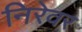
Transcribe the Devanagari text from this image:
निरेवर